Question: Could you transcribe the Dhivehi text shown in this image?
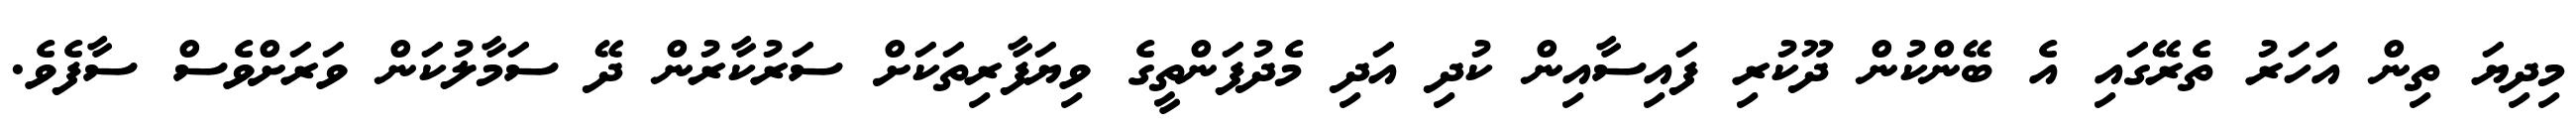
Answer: މިދިޔަ ތިން އަހަރު ތެރޭގައި އެ ބޭންކުން ދޫކުރި ފައިސާއިން ކުދި އަދި މެދުފަންތީގެ ވިޔަފާރިތަކަށް ސަރުކާރުން ދޭ ސަމާލުކަން ވަރަށްވެސް ސާފެވެ.